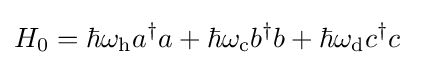
H_{0}=\hbar \omega _{\text{h}}a^{\dagger }a+\hbar \omega _{\text{c}}b^{\dagger }b+\hbar \omega _{\text{d}}c^{\dagger }c~~